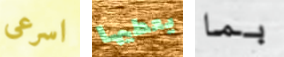
اسرعى يعطيها بما